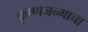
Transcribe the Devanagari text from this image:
कृष्णजन्माचा